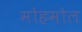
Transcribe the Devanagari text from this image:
मोहमोल